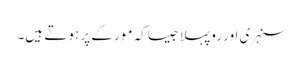
سنہری اور روپہلا جیسا کہ مور کے پر ہوتے ہیں۔